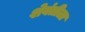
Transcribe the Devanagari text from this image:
शेवंतीला